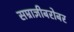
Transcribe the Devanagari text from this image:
सम्राज्ञीबरोबर